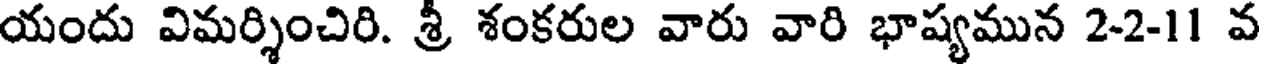
యందు విమర్శించిరి. శ్రీ శంకరుల వారు వారి భాష్యమున 2-2-11 వ